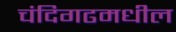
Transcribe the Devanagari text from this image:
चंदिगढमधील